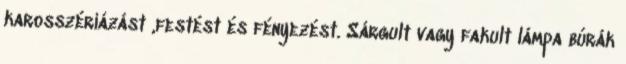
karosszériázást ,festést és fényezést. Sárgult vagy fakult lámpa búrák